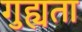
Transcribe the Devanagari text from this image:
गुह्यता